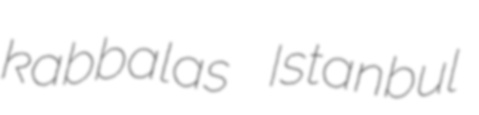
kabbalas Istanbul